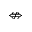
\nLeftrightarrow